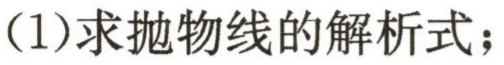
(1)求抛物线的解析式；